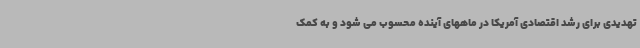
تهدیدی برای رشد اقتصادی آمریکا در ماههای آینده محسوب می شود و به کمک